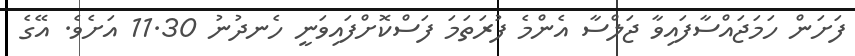
ފަށަން ހަމަޖައްސާފައިވާ ޖަލްސާ އެންމެ ފުރަތަމަ ފަސްކޮށްފައިވަނީ ހެނދުނު 11.30 އަށެވެ. އޭގެ